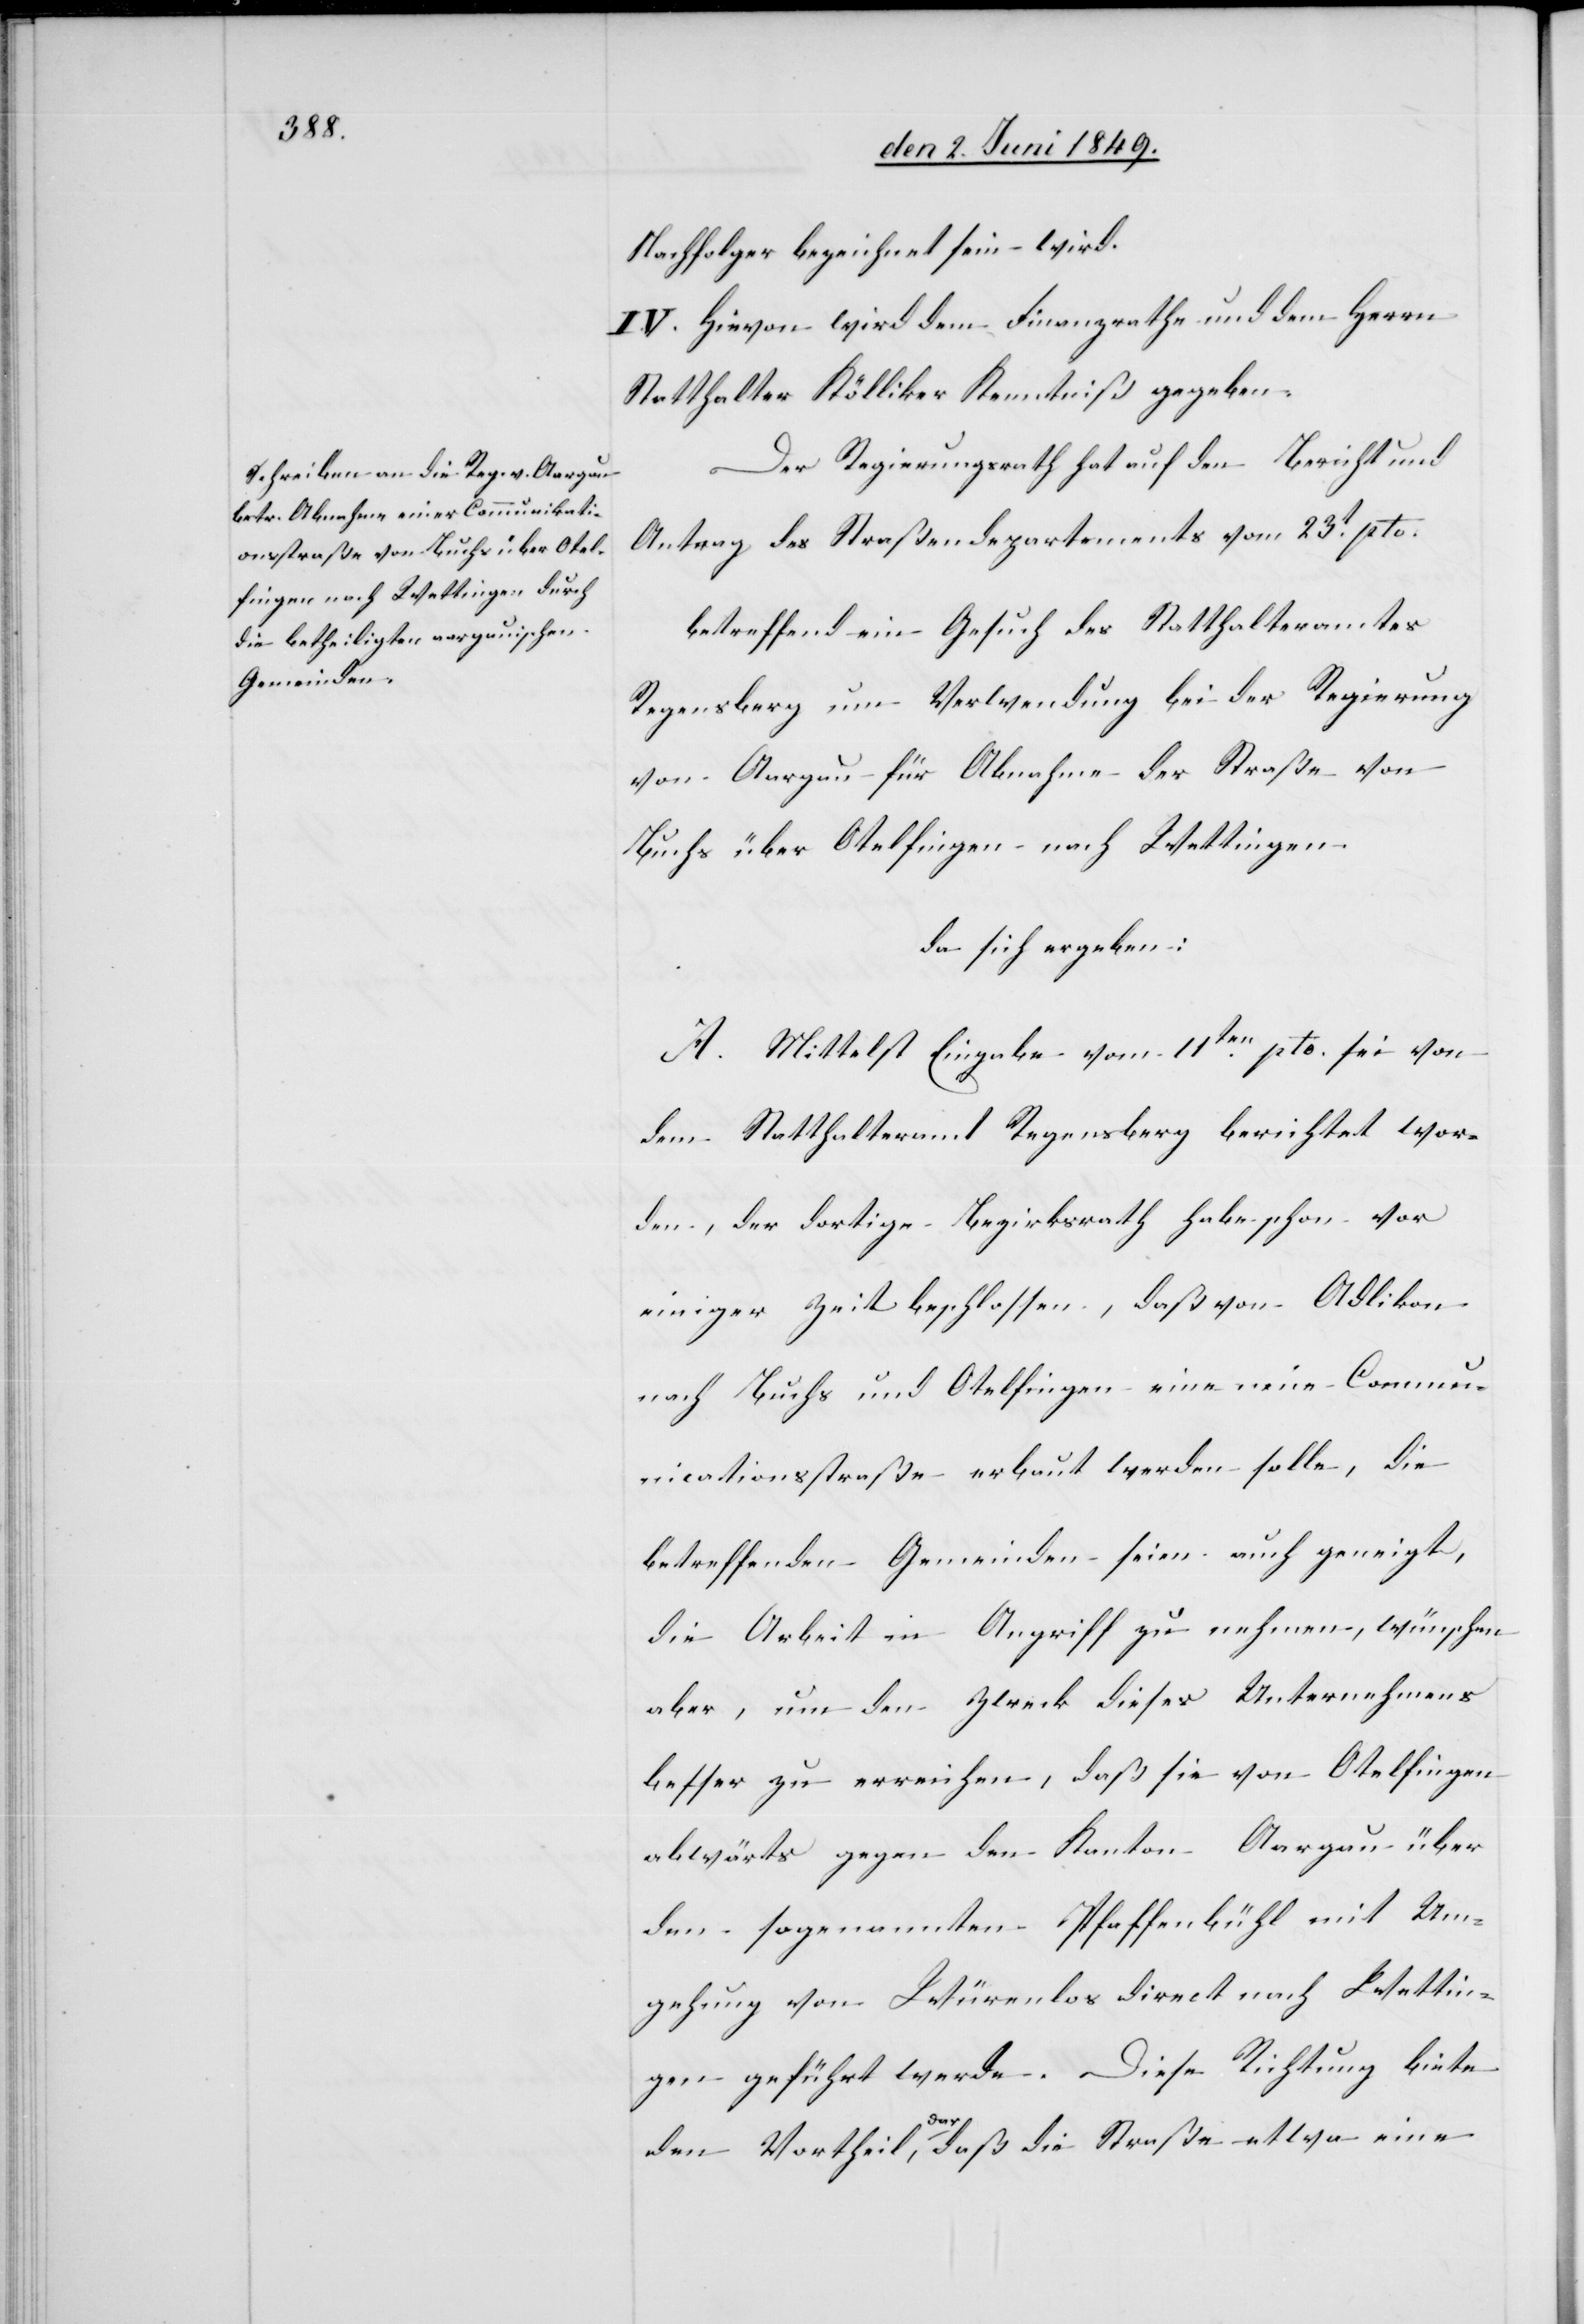
Nachfolger bezeichnet sein wird.
IV. Hievon wird dem Finanzrathe und dem Herrn
Statthalter Kölliker Kenntniß gegeben.
Der Regierungsrath hat auf den Bericht und
Antrag des Straßendepartements vom 23t pto.
betreffend ein Gesuch des Statthalteramtes
Regensberg um Verwendung bei der Regierung
von Aargau für Abnahme der Straße von
Buchs über Otelfingen nach Wettingen.
da sich ergeben:
A. Mittelst Eingabe vom 11ten pto. sei von
dem Statthalteramt Regensberg berichtet wor¬
den, der dortige Bezirksrath habe schon vor
einiger Zeit beschlossen, daß von Adlikon
nach Buchs und Otelfingen eine neue Commun¬
icationsstraße erbaut werden solle, die
betreffenden Gemeinden seien auch geneigt,
die Arbeit in Angriff zu nehmen, wünschen
aber, um den Zweck dieses Unternehmens
besser zu erreichen, daß sie von Otelfingen
abwärts gegen den Kanton Aargau über
den sogenannten Pfaffenbühl mit Um¬
gehung von Würenlos direct nach Wettin¬
gen geführt werde. Diese Richtung biete
den Vortheil dar, daß die Straße etwa eine